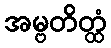
အမ္ဗတိတ္ထံ